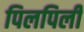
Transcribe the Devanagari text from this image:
पिलपिली